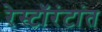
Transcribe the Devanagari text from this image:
रेस्टॉरंटांत